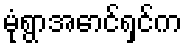
မုံရွာအောင်ရှင်က